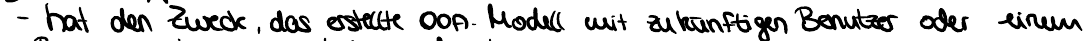
- hat den Zweck, das erstelle OOA-Modell mit zukünftigen Benutzer oder einem